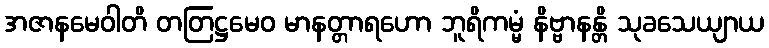
အဇာနမေဝါတိ တတြဋ္ဌမေဝ မာနတ္တာရဟော ဘူရိကမ္မံ နိဗ္ဗာနန္တိ သုခသေယျာယ